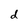
Character: d